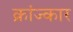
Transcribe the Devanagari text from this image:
क्रांज्कार